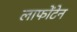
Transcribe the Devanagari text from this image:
लाफोंटेन